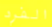
الفرد